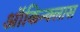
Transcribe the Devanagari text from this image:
ऑकिन्क्लास